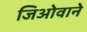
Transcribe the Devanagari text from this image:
जिओवाने